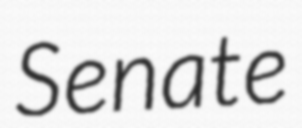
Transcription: Senate